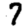
Digit: 7